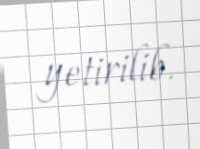
yetirilib.